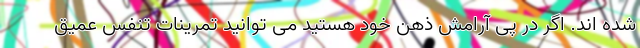
شده اند. اگر در پی آرامش ذهن خود هستید می توانید تمرینات تنفس عمیق